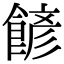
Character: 𩜽